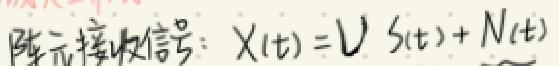
阵元接收信号：$X(t)=V S(t)+N(t)$